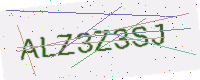
Text: ALZ3Z3SJ